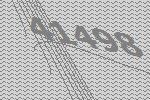
41498